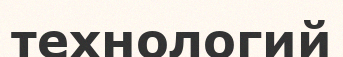
технологий